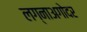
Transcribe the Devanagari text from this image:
लग्नाअगोदर